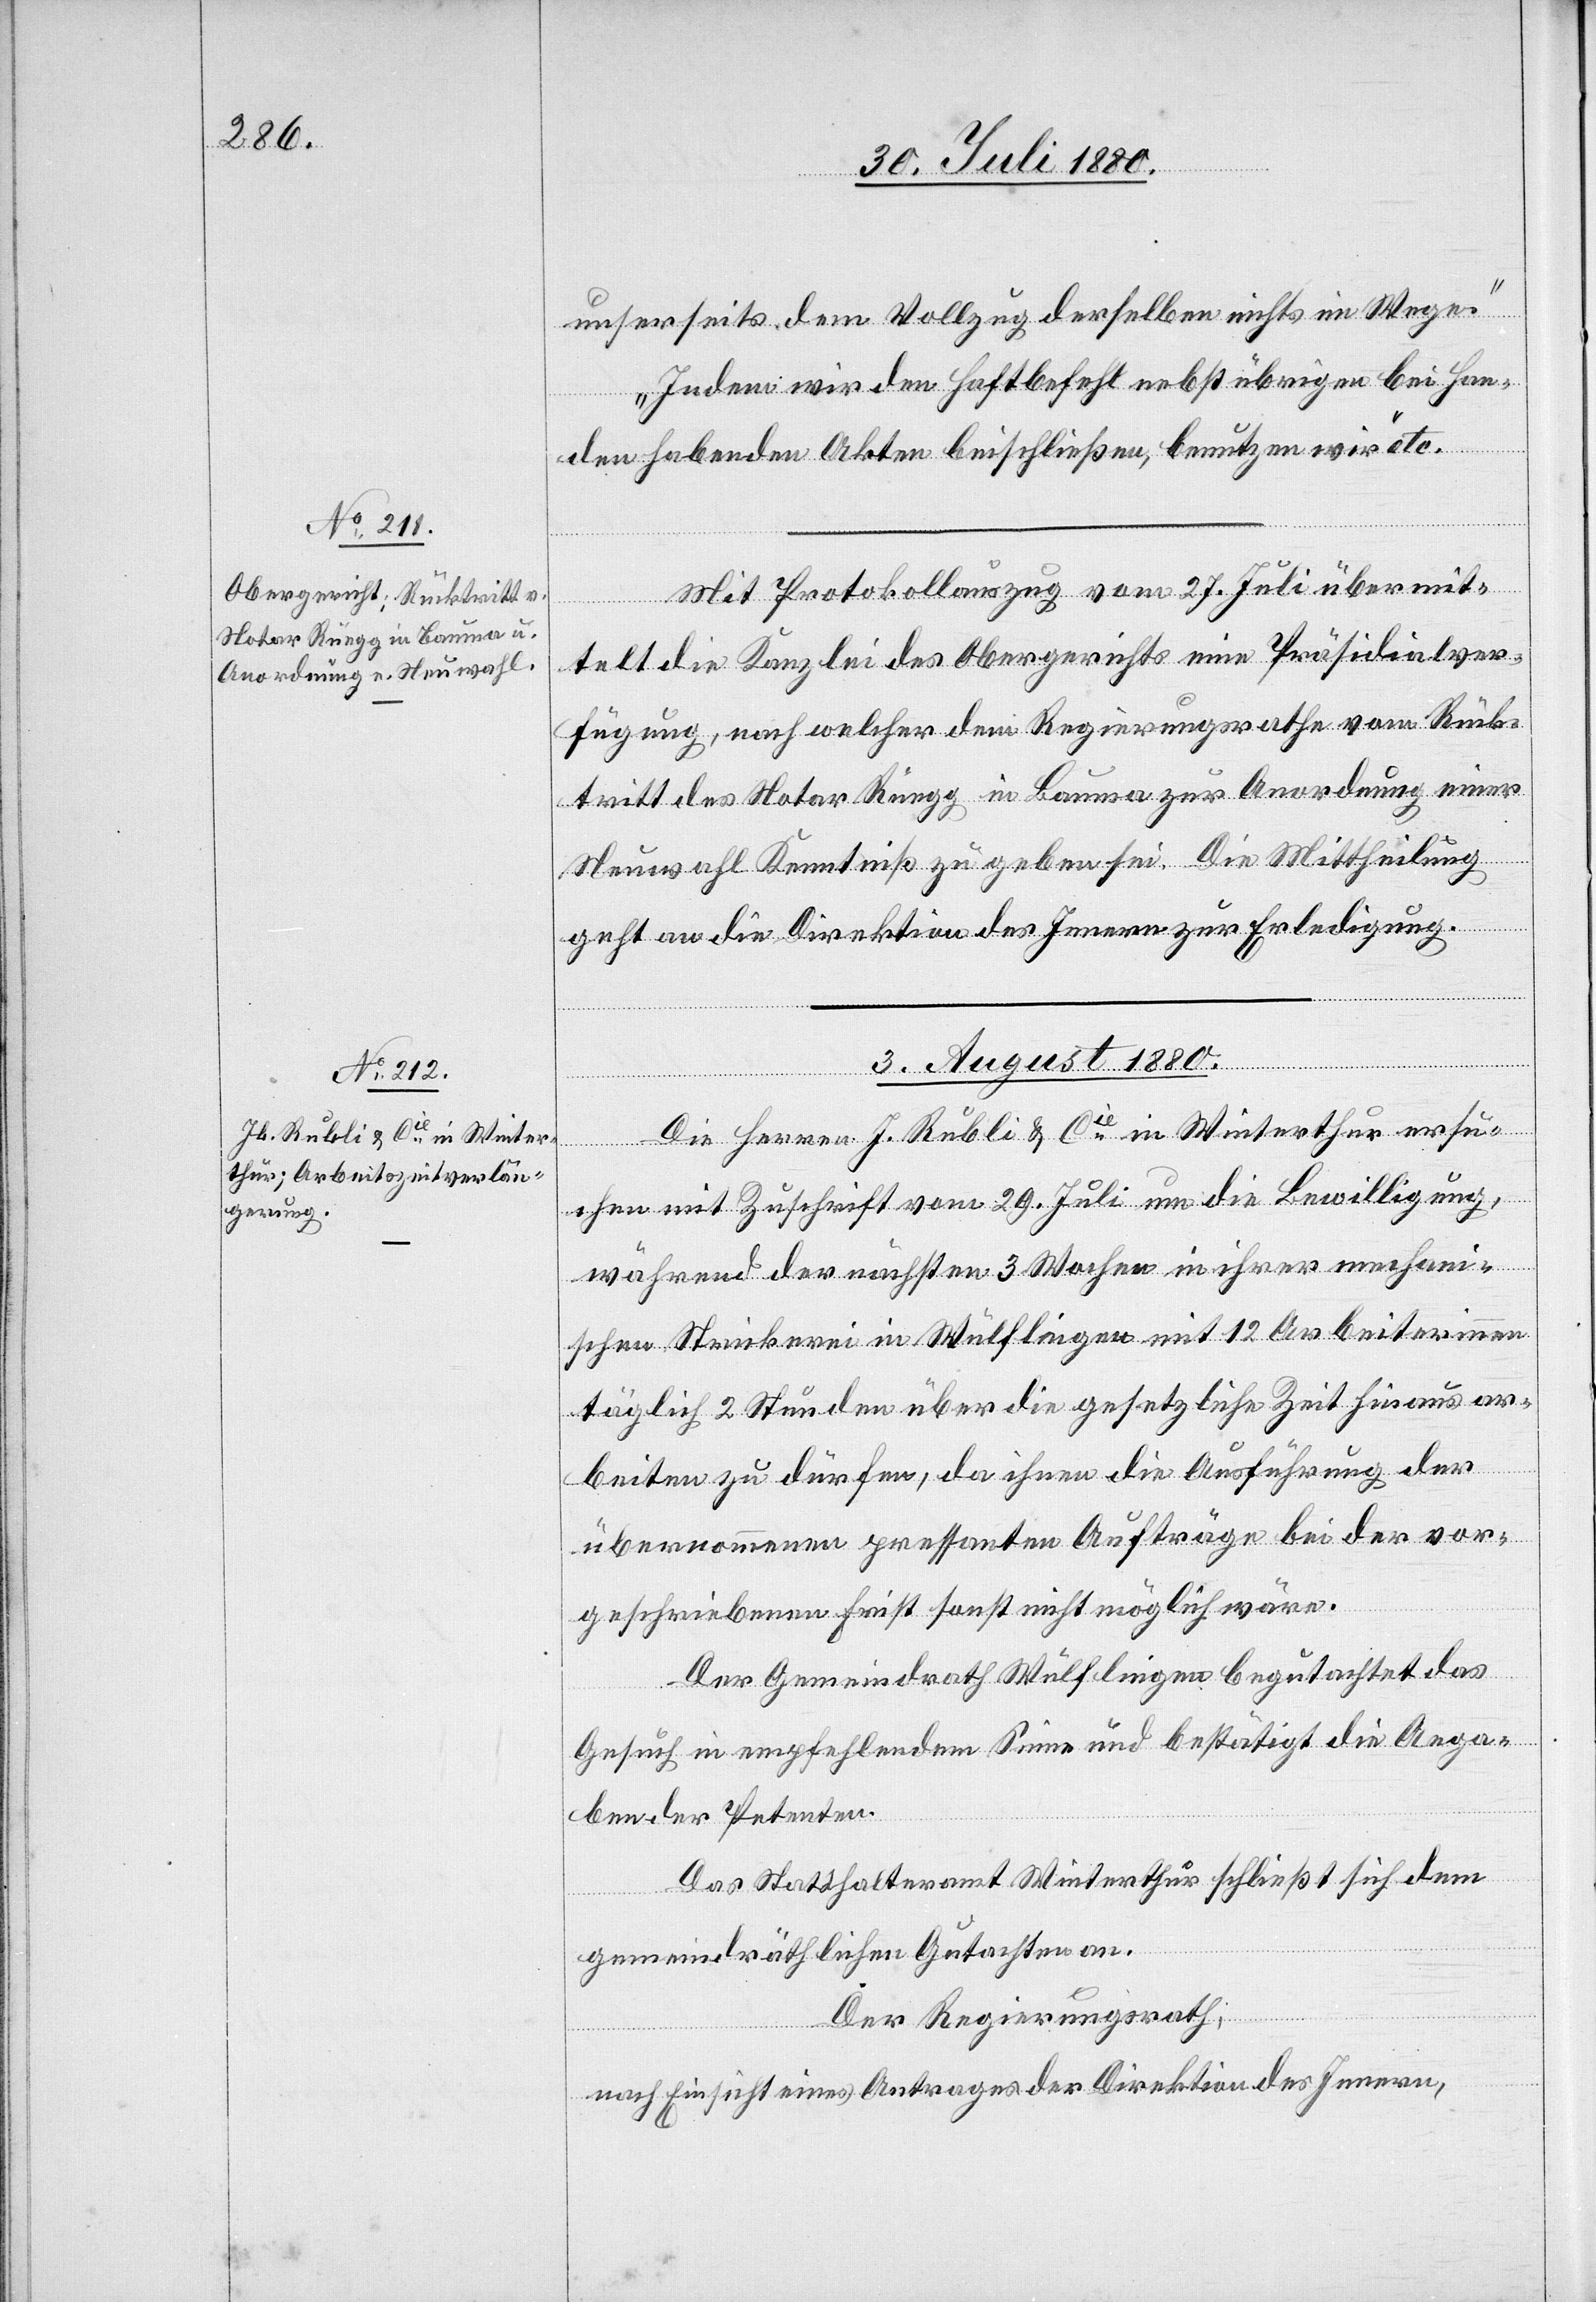
unserseits dem Vollzug derselben nichts im Wege.
Indem wird den Haftbefehl nebst übrigen bei Han¬
den habenden Akten beschließen, benutzen wir“ etc.
Mit Protokollauszug vom 27. Juli übermit¬
telt die Kanzlei des Obergerichts eine Präsidialver¬
fügung, nach welcher dem Regierungsrathe vom Rück¬
tritt des Notar Rüegg in Bauma zur Anordnung einer
Neuwahl Kenntniß zu geben sei. Die Mittheilung
geht an die Direktion des Innern zur Erledigung.
3. August 1880.
Die Herren J. Rubli & Cie in Winterthur ersu¬
chen mit Zuschrift vom 29. Juli um die Bewilligung,
während der nächsten 3 Wochen in ihrer mechan¬
ischen Stickerei in Wülflingen mit 12 Arbeiterinnen
täglich 2 Stunden über die gesetzliche Zeit hinaus ar¬
beiten zu dürfen, da ihnen die Ausführung der
übernommenen pressanten Aufträge bei der vor¬
geschriebenen Frist sonst nicht möglich wäre.
Der Gemeindrath Wülflingen begutachtet das
Gesuch in empfehlendem Sinne und bestätigt die Anga¬
ben der Petenten.
Das Statthalteramt Winterthur schließt sich dem
gemeindräthlichen Gutachten an.
Der Regierungsrath,
nach Einsicht eines Antrages der Direktion des Innern,